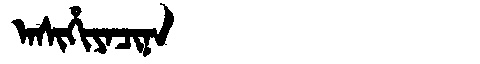
Manchu: ᠠᠰᡳᡥᡳᠶᠠᠴᡳᠨᠠ
Romanization: ASIHIYACINA